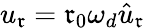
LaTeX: u_{\mathfrak{r}}=\mathfrak{r}_{0}\omega_{d}\hat{{u}}_{\mathfrak{r}}